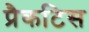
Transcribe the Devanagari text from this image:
प्रैकटिस